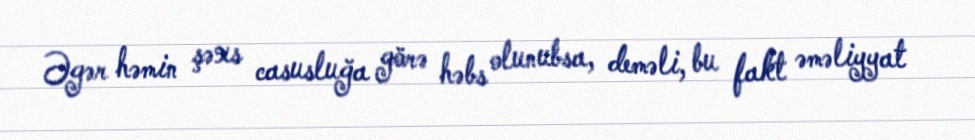
Əgər həmin şəxs casusluğa görə həbs olunubsa, deməli, bu fakt əməliyyat